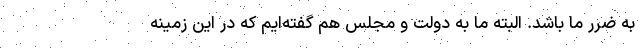
به ضرر ما باشد. البته ما به دولت و مجلس هم گفته‌ایم که در این زمینه